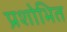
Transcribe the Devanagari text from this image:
प्रशोभित